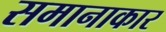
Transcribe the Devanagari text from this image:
समानाकार